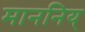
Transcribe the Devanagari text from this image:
माननिय्